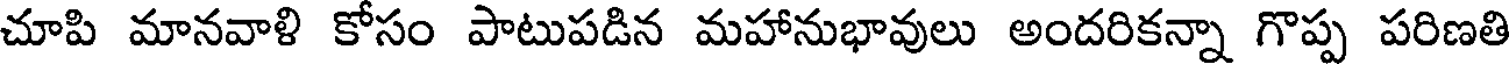
చూపి మానవాళి కోసం పాటుపడిన మహానుభావులు అందరికన్నా గొప్ప పరిణతి